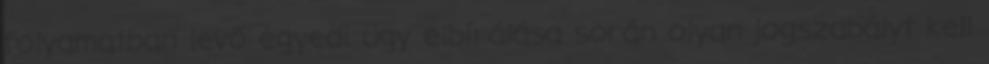
folyamatban levő egyedi ügy elbírálása során olyan jogszabályt kell